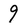
Character: 9